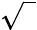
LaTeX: \sqrt{\phantom{b}}